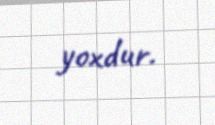
yoxdur.